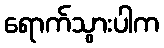
ရောက်သွားပါက